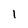
Character: l